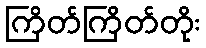
ကြိတ်ကြိတ်တိုး